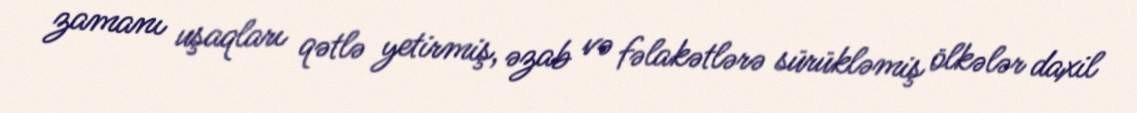
zamanı uşaqları qətlə yetirmiş, əzab və fəlakətlərə sürükləmiş ölkələr daxil